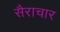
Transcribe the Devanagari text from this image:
सैराचार